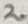
Text: 2